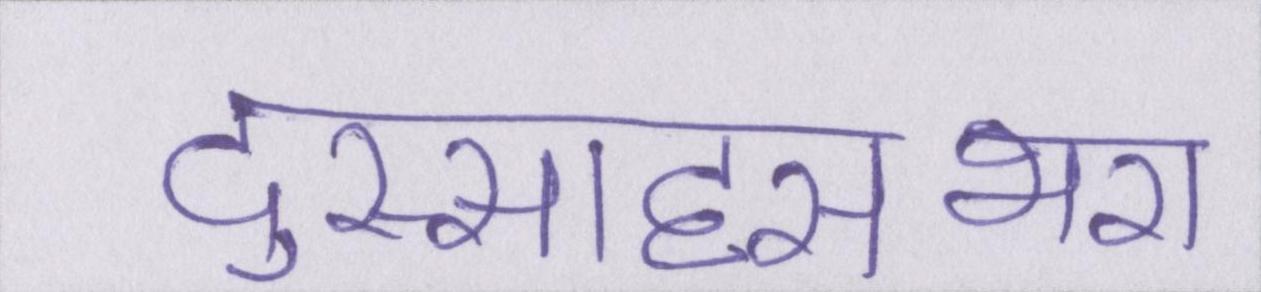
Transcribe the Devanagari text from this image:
दुस्साहसभरा